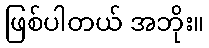
ဖြစ်ပါတယ် အဘိုး။